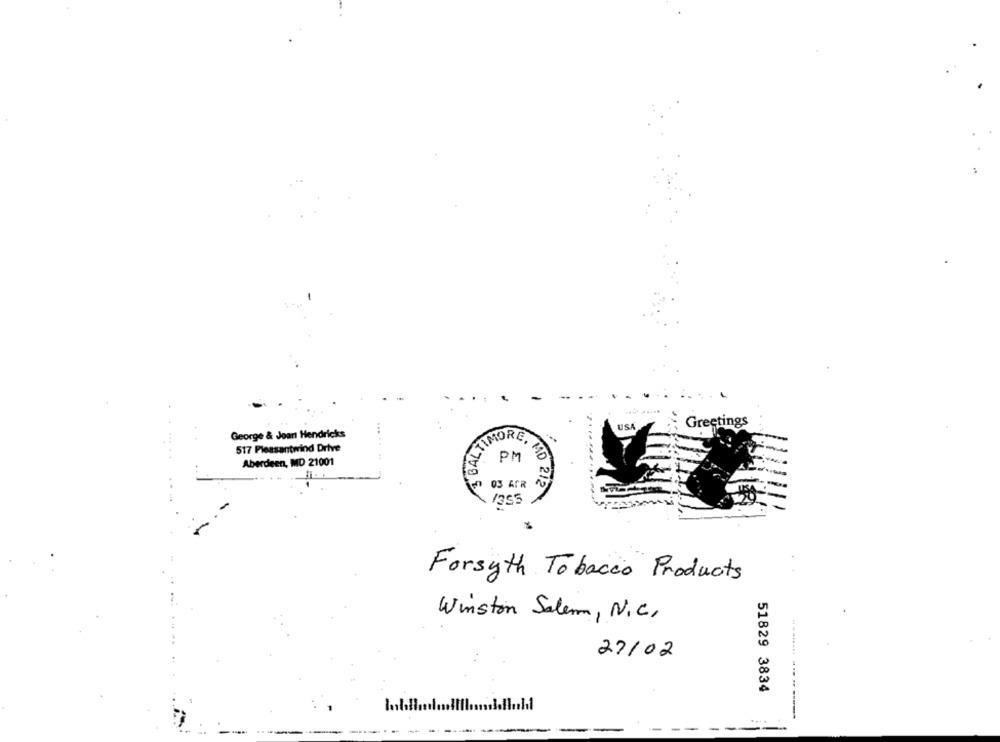
Greetings
USA
George & Joan Hendricks
VI
517 Pleasantwind Drive
Aberdeen, MD 21001
1355
MD 2/2
Forsyth Tobacco Products
Winston Salem, N.C.
27/02
51829 3834
------